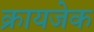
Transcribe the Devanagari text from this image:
क्रायजेक